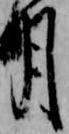
月